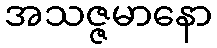
အသဇ္ဇမာနော